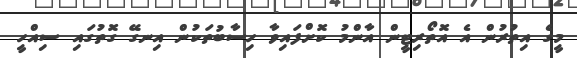
މީގެ އިތުރުން އެ އޮތޯރިޓީން އާންމު ކޮށްފައިވާ ހިސާބުތަކުން އިނގޭ ގޮތުގައި ސިއްހީ